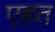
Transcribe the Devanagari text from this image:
एहत